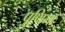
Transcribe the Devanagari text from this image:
पुणिमा